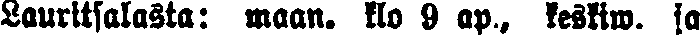
Lauritsalasta: maan. klo 9 ap., keskiw. ja